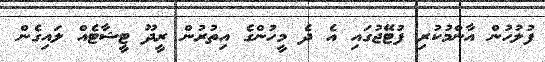
ފުލުހުން އާންމުކުރި ފުޓޭޖުގައި އެ ދެ މީހުންގެ އިތުރުން ރީދޫ ޓީޝާޓެއް ލައިގެން